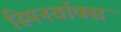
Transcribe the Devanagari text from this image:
स्पिनवॉक्स